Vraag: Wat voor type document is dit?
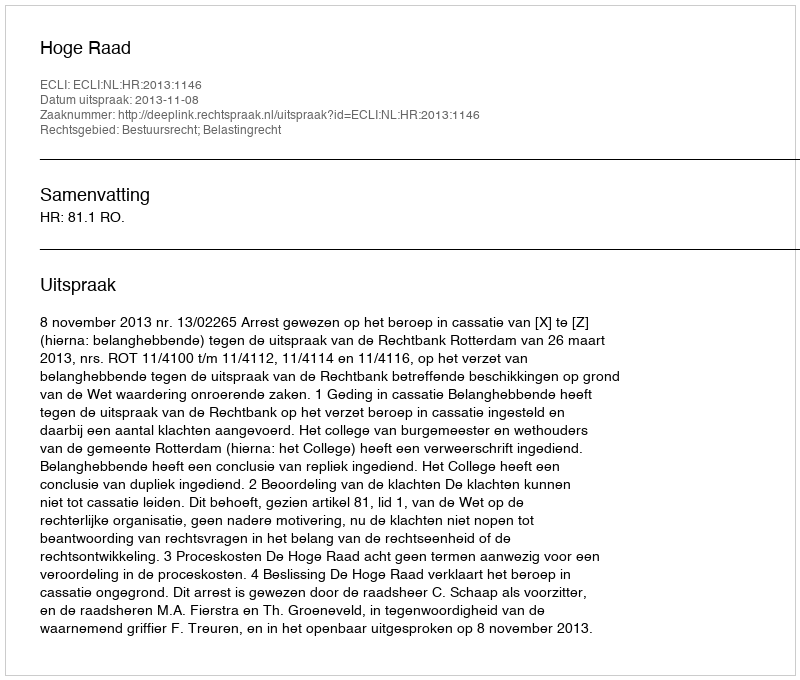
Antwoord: Uitspraak